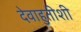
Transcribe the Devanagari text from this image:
देवाहुतीशी